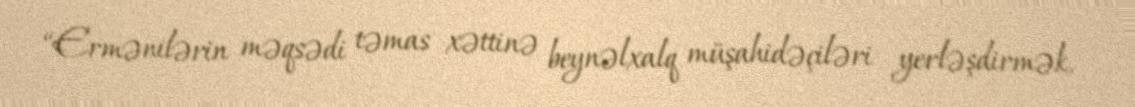
“Ermənilərin məqsədi təmas xəttinə beynəlxalq müşahidəçiləri yerləşdirmək,